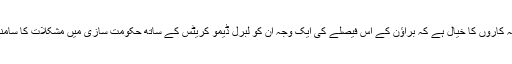
تجزیہ کاروں کا خیال ہے کہ براؤن کے اس فیصلے کی ایک وجہ اُن کو لبرل ڈیمو کریٹس کے ساتھ حکومت سازی میں مشکلات کا سامنا تھا۔